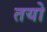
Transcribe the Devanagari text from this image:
तयो